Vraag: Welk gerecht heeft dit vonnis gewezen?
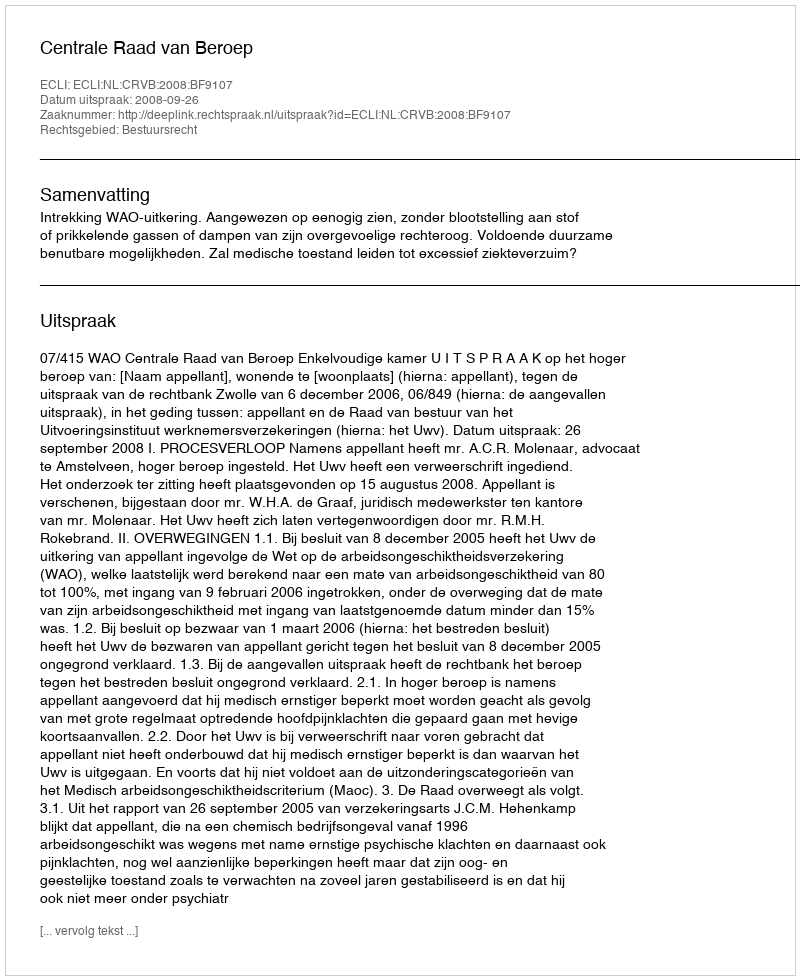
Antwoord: Centrale Raad van Beroep